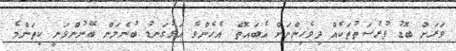
ވަރަށް ބޮޑު ފުރުސަތުތަކެއް ދިވެހިންނަށް އެބައޮތް. އެހެންވެ އަޅުގަނޑު ބުނެލަން ބޭނުންވަނީ ކިތަންމެ